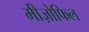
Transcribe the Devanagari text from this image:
मीज़ोफिल